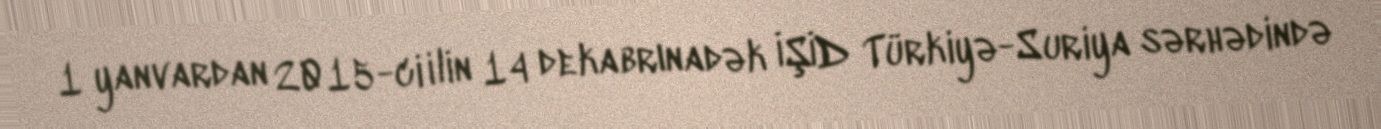
1 yanvardan 2015-ci ilin 14 dekabrınadək İŞİD Türkiyə-Suriya sərhədində